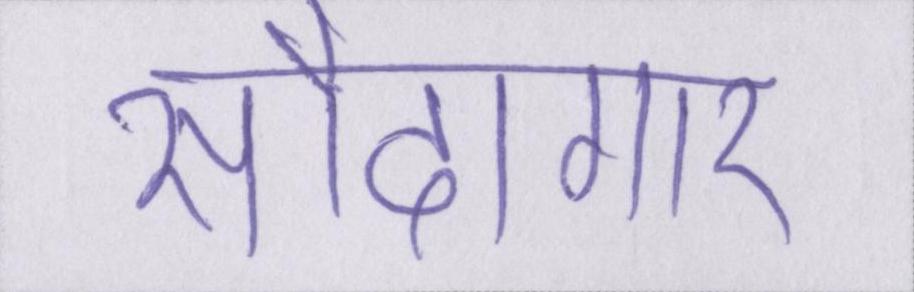
सौदागार